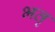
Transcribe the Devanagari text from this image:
भतृ